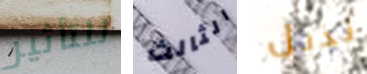
للتأثير الثالث تذبل